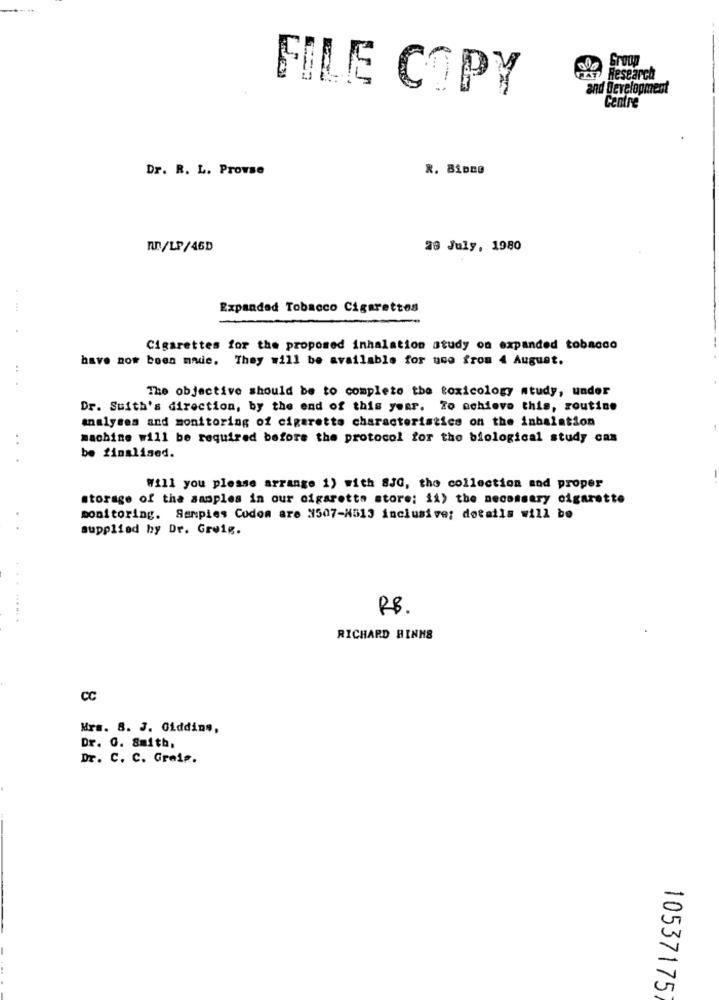
Group
FILE COPY
FEST Research
and Development
Centre
Dr. R. L. Prowse
n/LP/46D
28 July, 1980
Expanded Tobacco Cigarettes
Cigarettes for the proposed inhalation atudy on expanded tobacco
have now been made. They will be available for use from 4 August.
The objective should be to completo the toxicology study, under
Dr. Suith's direction, by the end of this year. To achieve this, routine
analyses and monitoring of cigarette characteristics on the inhalation
machine will be required before the protocol for the biological study can
be finalised.
Will you please arrange 1) with 8JG, the collection and proper
storage of the samples in our cigaretta store: 11) the necessary cigarette
monitoring. Sampies Codon are #507-4513 inclusive; details will be
supplied by Dr. Greig.
RB.
.. .
RICHARD BINNS
CC
Mrs. 8. J. Ciddins,
Dr. G. Smith,
Dr. C. C. Greis.
10537175